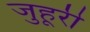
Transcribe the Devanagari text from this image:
जुहूरी